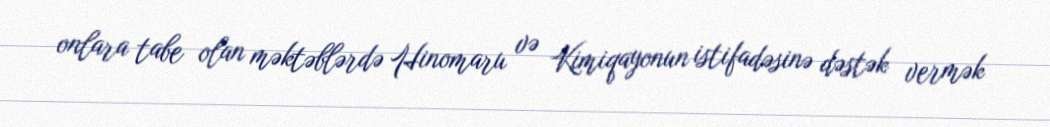
onlara tabe olan məktəblərdə Hinomaru və Kimiqayonun istifadəsinə dəstək vermək